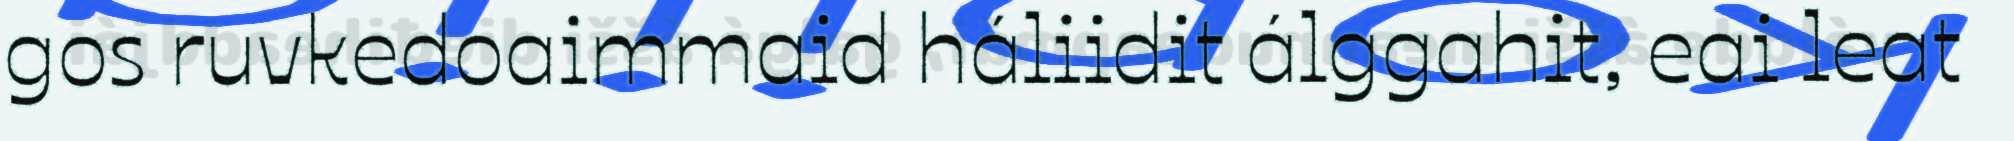
gos ruvkedoaimmaid háliidit álggahit, eai leat